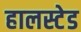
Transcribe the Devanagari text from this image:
हालस्टेड